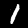
Digit: 1